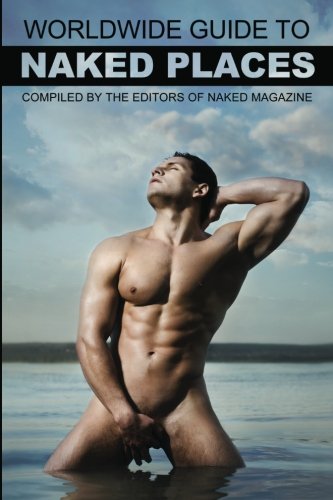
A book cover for Naked Magazine's Worldwide Guide to Naked Places - 8th Edition; Robert Steele; Gay & Lesbian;